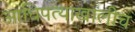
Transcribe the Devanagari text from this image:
आधिपत्याखालीच